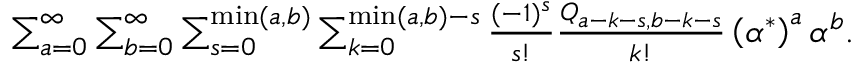
\begin{array} { r } { \sum _ { a = 0 } ^ { \infty } \sum _ { b = 0 } ^ { \infty } \sum _ { s = 0 } ^ { \operatorname* { m i n } ( a , b ) } \sum _ { k = 0 } ^ { \operatorname* { m i n } ( a , b ) - s } \frac { ( - 1 ) ^ { s } } { s ! } \frac { Q _ { a - k - s , b - k - s } } { k ! } \left( { \alpha ^ { * } } \right) ^ { a } \alpha ^ { b } . } \end{array}